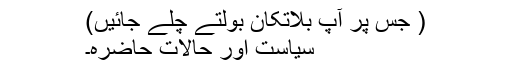
( جس پر آپ بلاتکان بولتے چلے جائیں)
سیاست اور حالاتِ حاضرہ۔